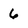
Character: 6